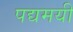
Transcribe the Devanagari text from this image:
पद्यमयी